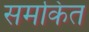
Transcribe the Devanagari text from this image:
समकित